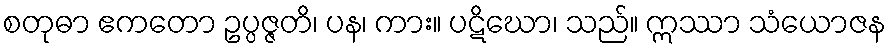
စတုဓာ ဧကတော ဥပ္ပဇ္ဇတိ၊ ပန၊ ကား။ ပဋိဃော၊ သည်။ ဣဿာ သံယောဇန